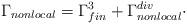
LaTeX: \begin{align*}\Gamma _{nonlocal}=\Gamma _{fin}^{3}+\Gamma _{nonlocal}^{div}\cdot\end{align*}